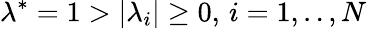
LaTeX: \lambda^{*}=1>|\lambda_{i}|\ge 0,\, i=1,..,N